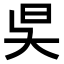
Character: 𣅔